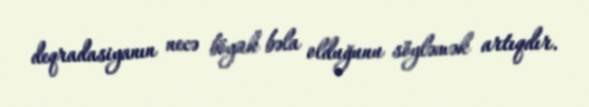
deqradasiyanın necə böyük bəla olduğunu söyləmək artıqdır.